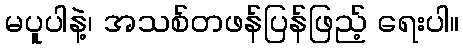
မပူပါနဲ့၊ အသစ်တဖန်ပြန်ဖြည့် ရေးပါ။